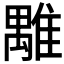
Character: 𩀍